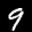
Label: 9